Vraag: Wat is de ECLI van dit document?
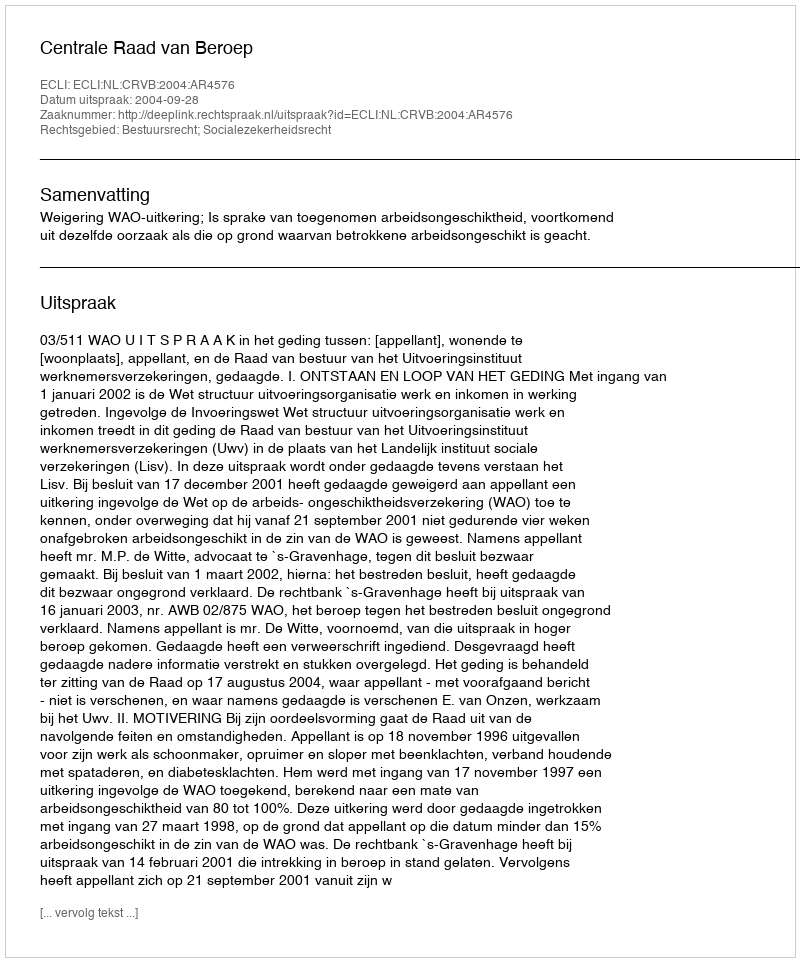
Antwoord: ECLI:NL:CRVB:2004:AR4576